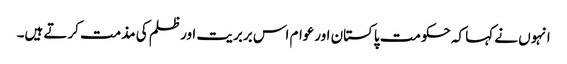
انہوں نے کہا کہ حکومت پاکستان اورعوام اس بربریت اورظلم کی مذمت کرتے ہیں۔